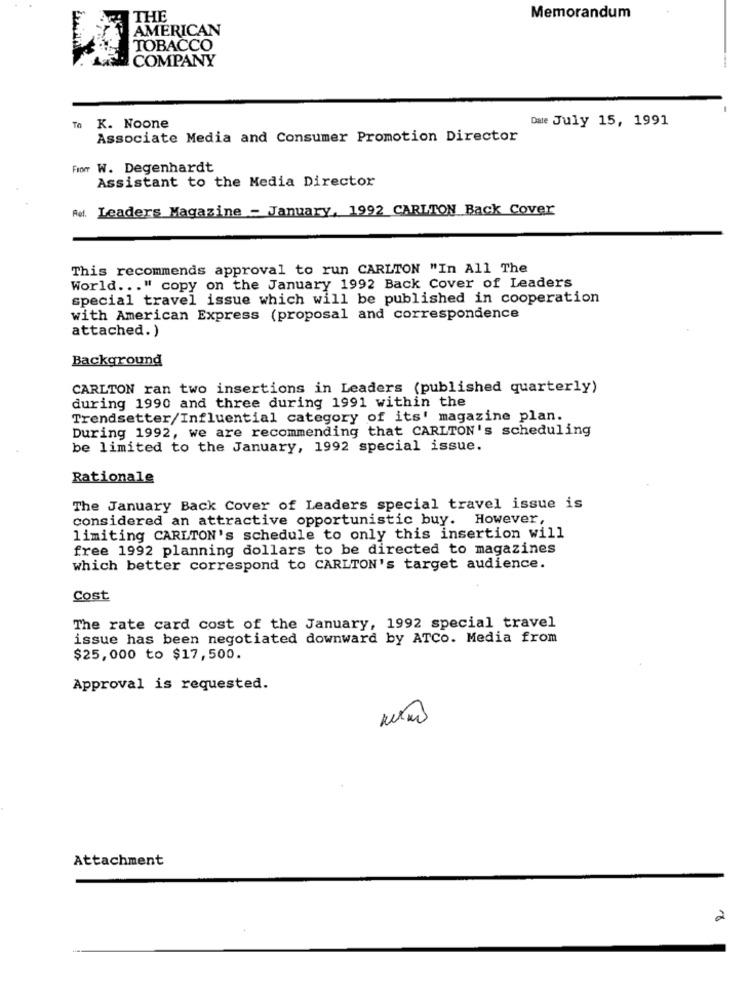
THE
Memorandum
AMERICAN
TOBACCO
COMPANY
Dale July 15, 1991
To
K. Noone
Associate Media and Consumer Promotion Director
Fior W. Degenhardt
Assistant to the Media Director
Røt. Leaders Magazine - January, 1992 CARLTON Back Cover
This recommends approval to run CARLTON "In All The
World ... " copy on the January 1992 Back Cover of Leaders
special travel issue which will be published in cooperation
with American Express (proposal and correspondence
attached. )
Background
CARLTON ran two insertions in Leaders (published quarterly)
during 1990 and three during 1991 within the
Trendsetter/Influential category of its' magazine plan.
During 1992, we are recommending that CARLTON's scheduling
be limited to the January, 1992 special issue.
Rationale
The January Back Cover of Leaders special travel issue is
considered an attractive opportunistic buy. However,
limiting CARLTON's schedule to only this insertion will
free 1992 planning dollars to be directed to magazines
which better correspond to CARLTON's target audience.
Cost
The rate card cost of the January, 1992 special travel
issue has been negotiated downward by ATCO. Media from
$25,000 to $17,500.
Approval is requested.
Attachment
2